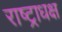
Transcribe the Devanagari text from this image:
राष्ट्राधक्ष